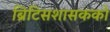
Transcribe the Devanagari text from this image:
ब्रिटिसशासकको